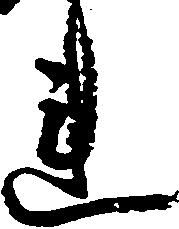
連